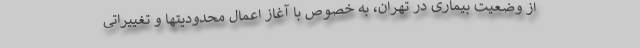
از وضعیت بیماری در تهران، به خصوص با آغاز اعمال محدودیتها و تغییراتی